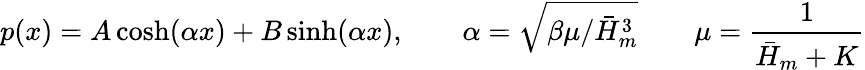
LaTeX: p(x)=A\cosh(\alpha x)+B\sinh(\alpha x),\qquad\alpha=\sqrt{\beta\mu/\bar{H}_{m}^{3}}\qquad\mu={\frac{1}{\bar{H}_{m}+K}}